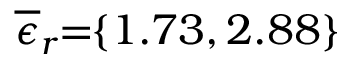
\! \overline { { \epsilon } } _ { r } \! \! = \! \! \{ 1 . 7 3 , 2 . 8 8 \} \!